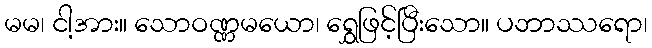
မမ၊ ငါ့အား။ သောဝဏ္ဏမယော၊ ရွှေဖြင့်ပြီးသော။ ပဘာဿရော၊